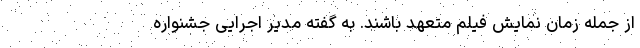
از جمله زمان نمایش فیلم‌ متعهد باشند. به گفته مدیر اجرایی جشنواره